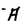
Character: A